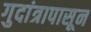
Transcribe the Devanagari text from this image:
गुदांत्रापासून